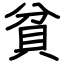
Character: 貧